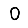
Digit: 0